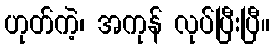
ဟုတ်ကဲ့၊ အကုန် လုပ်ပြီးပြီ။